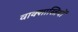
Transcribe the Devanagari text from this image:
वाक्शास्त्रियों